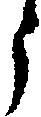
う